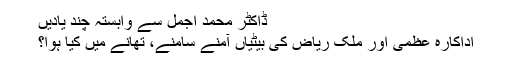
ڈاکٹر محمد اجمل سے وابستہ چند یادیں
اداکارہ عظمیٰ اور ملک ریاض کی بیٹیاں آمنے سامنے، تھانے میں کیا ہوا؟